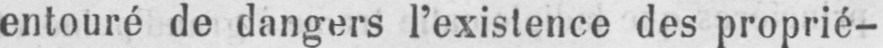
entouré de dangers l’existence des proprié-